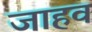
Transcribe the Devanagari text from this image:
जाहव